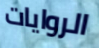
الروايات